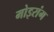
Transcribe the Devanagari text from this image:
मोइरांग